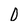
Character: 0